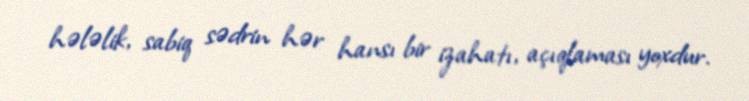
hələlik, sabiq sədrin hər hansı bir izahatı, açıqlaması yoxdur.